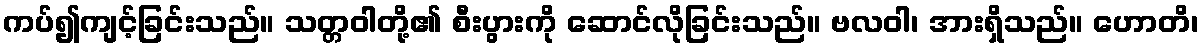
ကပ်၍ကျင့်ခြင်းသည်။ သတ္တဝါတို့၏ စီးပွားကို ဆောင်လိုခြင်းသည်။ ဗလဝါ၊ အားရှိသည်။ ဟောတိ၊